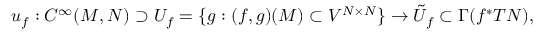
u _ { f } : C ^ { \infty } ( M , N ) \supset U _ { f } = \{ g : ( f , g ) ( M ) \subset V ^ { N \times N } \} \to { \tilde { U } } _ { f } \subset \Gamma ( f ^ { * } T N ) ,